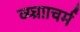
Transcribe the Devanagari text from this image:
व्य्घ्रााचर्म